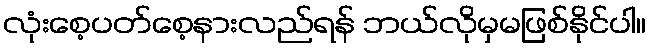
လုံးစေ့ပတ်စေ့နားလည်ရန် ဘယ်လိုမှမဖြစ်နိုင်ပါ။